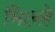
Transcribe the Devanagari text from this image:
भिल्ले